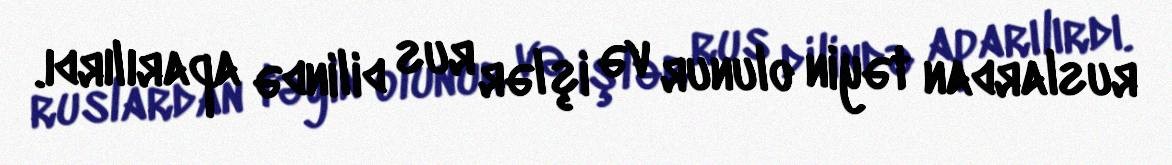
ruslardan təyin olunur və işlər rus dilində aparılırdı.